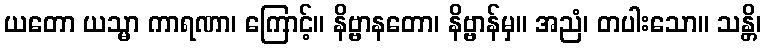
ယတော ယသ္မာ ကာရဏာ၊ ကြောင့်။ နိဗ္ဗာနတော၊ နိဗ္ဗာန်မှ။ အညံ၊ တပါးသော။ သန္တိ၊